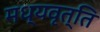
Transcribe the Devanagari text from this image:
मध्यवृत्ति